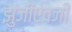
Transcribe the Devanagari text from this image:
झुंजींऐवजी